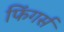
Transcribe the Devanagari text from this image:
फिंगर्स